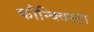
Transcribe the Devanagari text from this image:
कौन्क्विस्टा